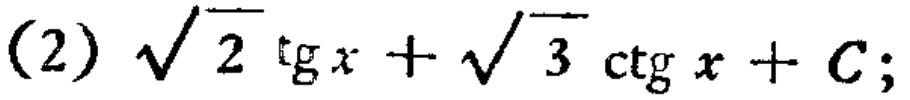
(2) \(\sqrt{2}\tg x+\sqrt{3}\ctg x + C;\)